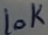
Text: 10K